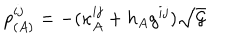
LaTeX: p _ { ( A ) } ^ { i j } = - ( \kappa _ { A } ^ { i j } + h _ { A } g ^ { i j } ) \sqrt { { \cal G } }